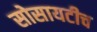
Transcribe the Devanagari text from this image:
सोसायटीच